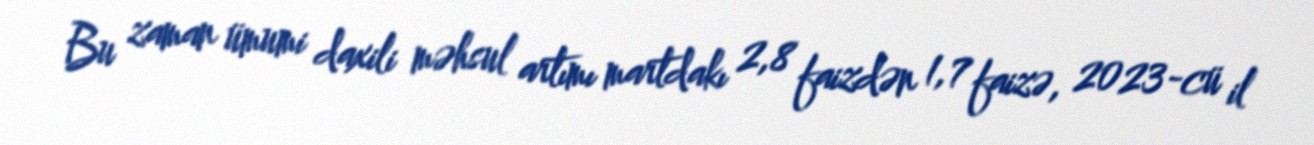
Bu zaman ümumi daxili məhsul artımı martdakı 2,8 faizdən 1,7 faizə, 2023-cü il